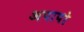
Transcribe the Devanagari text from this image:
अपापो